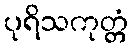
ပုရိသကုတ္တံ